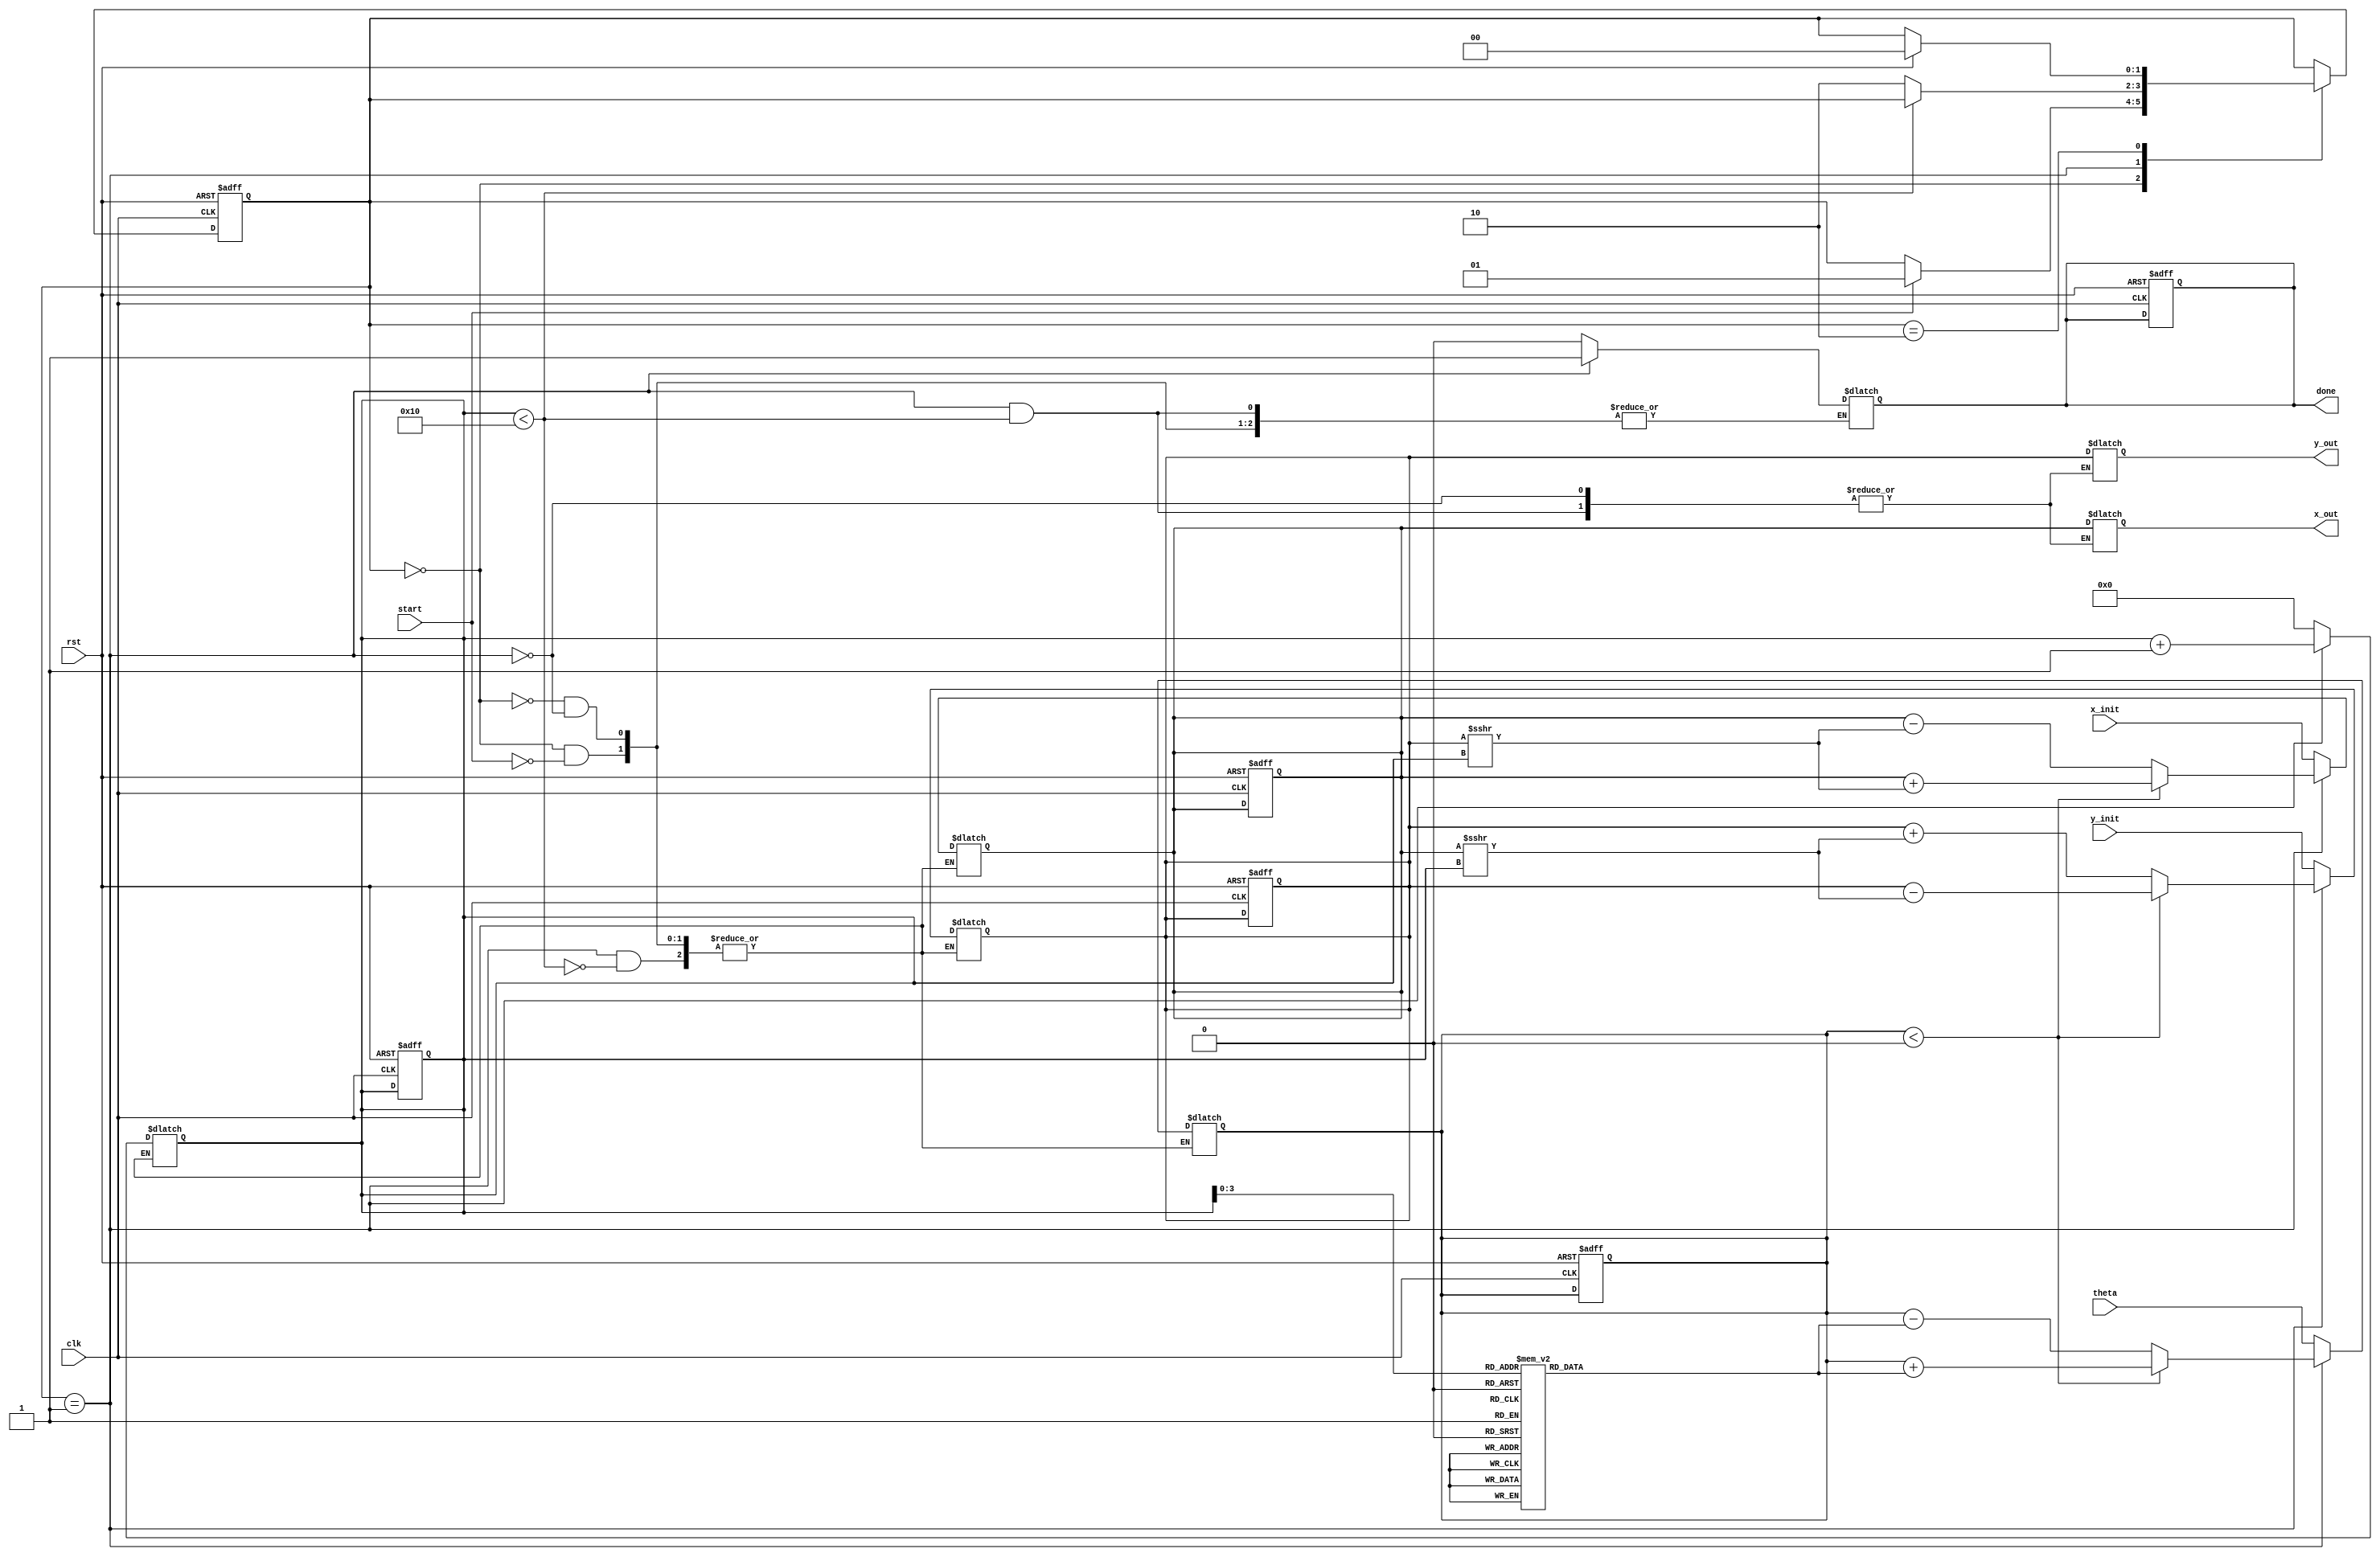
module cordic #(parameter WIDTH = 16, // Data width
                parameter N = 16) ( // Number of iterations
    input wire clk,
    input wire rst,
    input wire start,
    input wire signed [WIDTH-1:0] theta, // Angle input
    input wire signed [WIDTH-1:0] x_init, // Initial X vector
    input wire signed [WIDTH-1:0] y_init, // Initial Y vector
    output reg signed [WIDTH-1:0] x_out, // Final X output
    output reg signed [WIDTH-1:0] y_out, // Final Y output
    output reg done // Completion signal
);

// FSM states
localparam INIT = 2'b00, ITERATE = 2'b01, DONE = 2'b10;
reg [1:0] state, next_state;
reg [4:0] iteration_count; // Iteration counter

// Internal signals
reg signed [WIDTH-1:0] x, y, z; // X, Y, and Z (angle) registers
reg signed [WIDTH-1:0] arctan_table [0:N-1]; // Pre-computed arctangent values
reg signed [WIDTH-1:0] scaling_factor;

// Initialization of arctangent table (in a real implementation, these values should be pre-calculated)
initial begin
    arctan_table[0] = 16'h26DD; // atan(2^0)
    arctan_table[1] = 16'h1D9A; // atan(2^-1)
    arctan_table[2] = 16'h178D; // atan(2^-2)
    arctan_table[3] = 16'h1555; // atan(2^-3)
    // Add more values as needed...
end

// Scaling factor (to normalize the output)
assign scaling_factor = (1 << (N - 1)); // A simple scaling factor

// State transition logic
always @(posedge clk or posedge rst) begin
    if (rst) begin
        state <= INIT;
        iteration_count <= 0;
        x <= 0;
        y <= 0;
        z <= 0;
        done <= 0;
    end else begin
        state <= next_state;
    end
end

// Next state logic and outputs
always @(*) begin
    next_state = state;
    case (state)
        INIT: begin
            if (start) begin
                x <= x_init;
                y <= y_init;
                z <= theta;
                iteration_count <= 0;
                done <= 0;
                next_state = ITERATE;
            end
        end
        ITERATE: begin
            if (iteration_count < N) begin
                if (z < 0) begin
                    // Rotate clockwise
                    x <= x + (y >>> iteration_count);
                    y <= y - (x >>> iteration_count);
                    z <= z + arctan_table[iteration_count];
                end else begin
                    // Rotate counterclockwise
                    x <= x - (y >>> iteration_count);
                    y <= y + (x >>> iteration_count);
                    z <= z - arctan_table[iteration_count];
                end
                iteration_count <= iteration_count + 1;
            end else begin
                x_out <= x; // Output X
                y_out <= y; // Output Y
                done <= 1; // Set done flag
                next_state = DONE;
            end
        end
        DONE: begin
            // Remain in DONE state until reset
            if (rst) begin
                next_state = INIT;
            end
        end
    endcase
end

endmodule